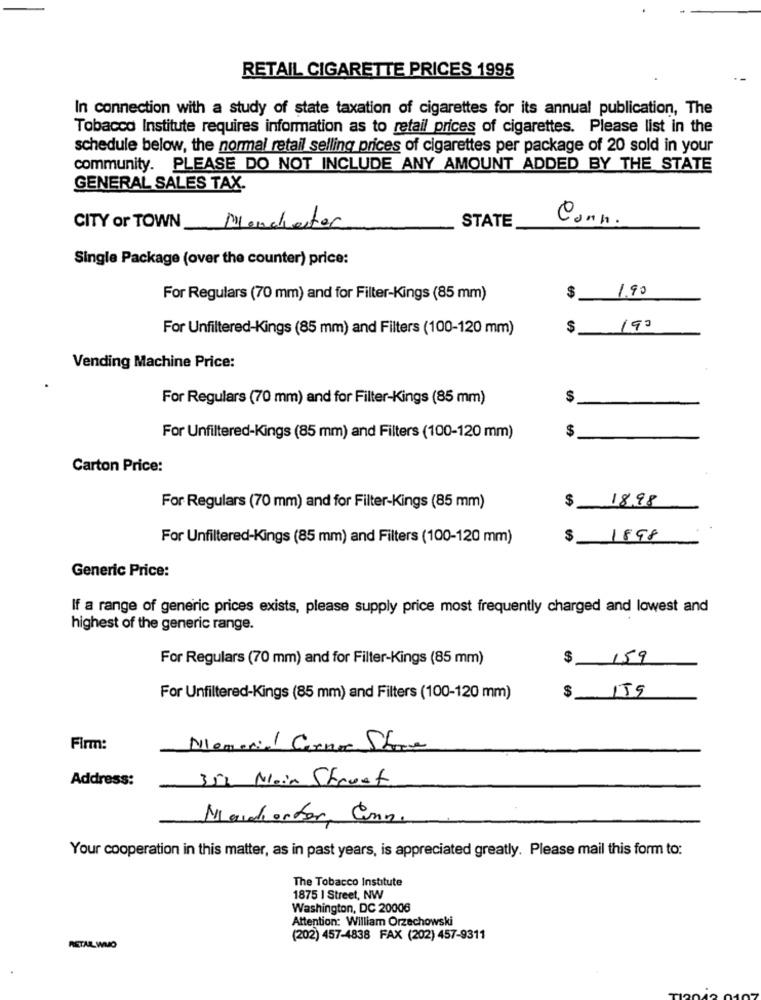
RETAIL CIGARETTE PRICES 1995
In connection with a study of state taxation of cigarettes for its annual publication, The
Tobacco Institute requires information as to retail prices of cigarettes. Please list in the
schedule below, the normal retail selling prices of cigarettes per package of 20 sold in your
community. PLEASE DO NOT INCLUDE ANY AMOUNT ADDED BY THE STATE
GENERAL SALES TAX.
STATE
Conn.
CITY or TOWN
Manchester
Single Package (over the counter) price:
1.90
For Regulars (70 mm) and for Filter-Kings (85 mm)
$
For Unfiltered-Kings (85 mm) and Filters (100-120 mm)
$
190
Vending Machine Price:
For Regulars (70 mm) and for Filter-Kings (85 mm)
$
$
For Unfiltered-Kings (85 mm) and Filters (100-120 mm)
Carton Price:
$
18,98
For Regulars (70 mm) and for Filter-Kings (85 mm)
For Unfiltered-Kings (85 mm) and Filters (100-120 mm)
$
1898
Generic Price:
If a range of generic prices exists, please supply price most frequently charged and lowest and
highest of the generic range.
For Regulars (70 mm) and for Filter-Kings (85 mm)
$
159
$
For Unfiltered-Kings (85 mm) and Filters (100-120 mm)
159
Firm:
Memorial Carne Show
Address:
351 Main Street
Mercharter, Enn.
Your cooperation in this matter, as in past years, is appreciated greatly. Please mail this form to:
The Tobacco Institute
1875 | Street, NW
Washington, DC 20006
Attention: William Orzechowski
(202) 457-4838 FAX (202) 457-9311
RETAIL WMO